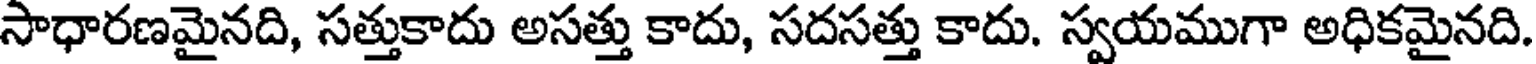
సాధారణమైనది, సత్తుకాదు అసత్తు కాదు, సదసత్తు కాదు. స్వయముగా అధికమైనది.